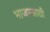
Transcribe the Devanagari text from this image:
भाजपसाठी